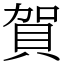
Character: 賀